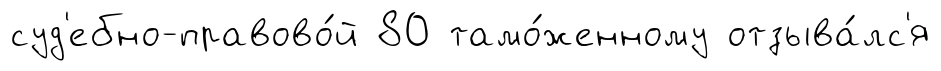
суд'ебно-правово́й 80 тамо́женному отзыва́лс'я